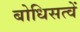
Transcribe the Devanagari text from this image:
बोधिसत्वें